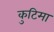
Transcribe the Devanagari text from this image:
कुटिमा